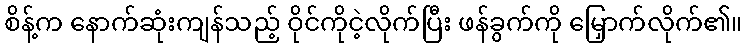
စိန့်က နောက်ဆုံးကျန်သည့် ဝိုင်ကိုငဲ့လိုက်ပြီး ဖန်ခွက်ကို မြှောက်လိုက်၏။